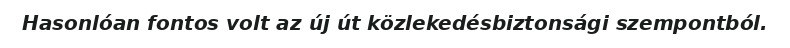
Hasonlóan fontos volt az új út közlekedésbiztonsági szempontból.